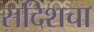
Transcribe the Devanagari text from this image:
सदिशचा